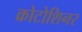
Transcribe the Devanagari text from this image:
क्रोटोशिनर